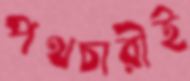
পথচারীই